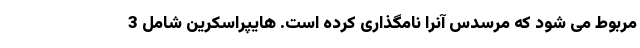
مربوط می شود که مرسدس آنرا نامگذاری کرده است. هایپراسکرین شامل 3